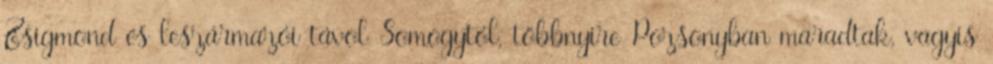
Zsigmond és leszármazói távol Somogytól, többnyire Pozsonyban maradtak, vagyis